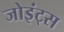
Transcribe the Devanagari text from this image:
जोइंट्स